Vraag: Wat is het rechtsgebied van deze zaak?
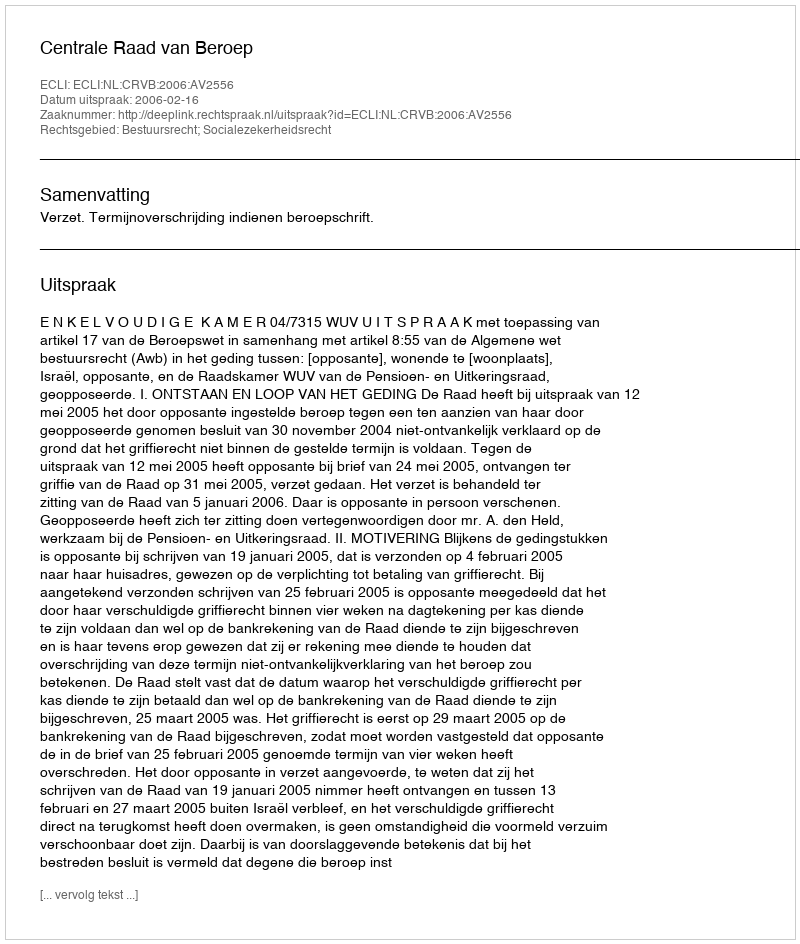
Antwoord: Bestuursrecht; Socialezekerheidsrecht